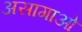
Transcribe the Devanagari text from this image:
असागाओ